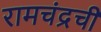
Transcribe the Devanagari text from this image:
रामचंद्रची